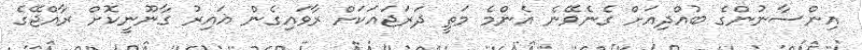
އިންސާނުންގެ ބުއްދިއަށް ގެނެވޭނެ އެންމެ މަތީ ދަރަޖައަކަށް ރާވައިގެން ޣައިރު ގާނޫނީކޮށް ރާއްޖޭގެ